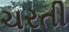
ચરતી